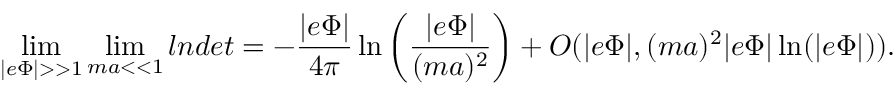
\operatorname * { l i m } _ { | e \Phi | > > 1 } \operatorname * { l i m } _ { m a < < 1 } l n d e t = - \frac { | e \Phi | } { 4 \pi } \ln \left( \frac { | e \Phi | } { ( m a ) ^ { 2 } } \right) + O ( | e \Phi | , ( m a ) ^ { 2 } | e \Phi | \ln ( | e \Phi | ) ) .